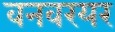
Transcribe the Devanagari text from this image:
वनवरयर